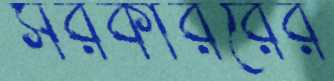
সরকাররের